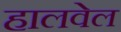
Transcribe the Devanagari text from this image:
हालवेल